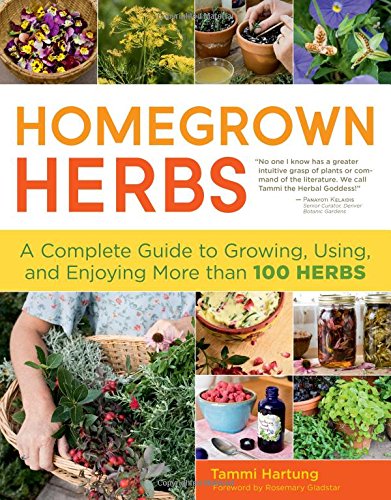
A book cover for Homegrown Herbs: A Complete Guide to Growing, Using, and Enjoying More than 100 Herbs; Tammi Hartung; Cookbooks, Food & Wine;